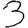
Digit: 3